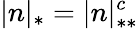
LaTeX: |n|_{*}=|n|_{**}^{c}